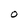
Character: 0